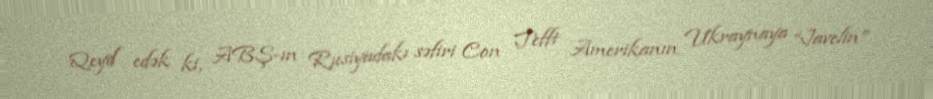
Qeyd edək ki, ABŞ-ın Rusiyadakı səfiri Con Tefft Amerikanın Ukraynaya “Javelin”